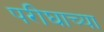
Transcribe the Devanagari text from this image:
परीघाच्या